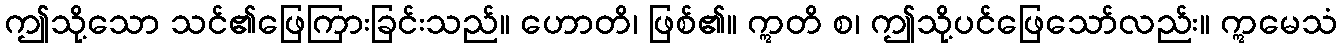
ဤသို့သော သင်၏ဖြေကြားခြင်းသည်။ ဟောတိ၊ ဖြစ်၏။ ဣတိ စ၊ ဤသို့ပင်ဖြေသော်လည်း။ ဣမေသံ